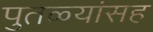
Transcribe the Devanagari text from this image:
पुतळ्यांसह